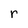
Character: r